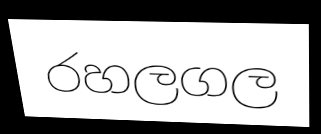
රහලගල